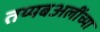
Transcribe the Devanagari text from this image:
तय्यबअलींच्या